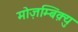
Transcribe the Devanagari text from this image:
मोज़म्बिक़्यु